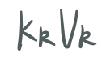
$k_{R}V_{R}$